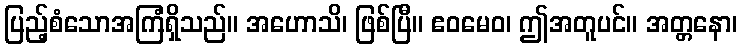
ပြည့်စံသောအကြံရှိသည်။ အဟောသိ၊ ဖြစ်ပြီ။ ဧဝမေဝ၊ ဤအတူပင်။ အတ္တနော၊